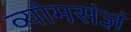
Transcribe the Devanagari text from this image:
व्योमसंज्ञं